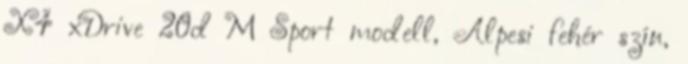
X4 xDrive 20d M Sport modell, Alpesi fehér szín,